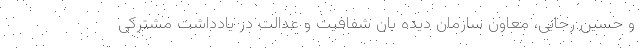
و حسین رجایی، معاون سازمان دیده بان شفافیت و عدالت در یادداشت مشترکی